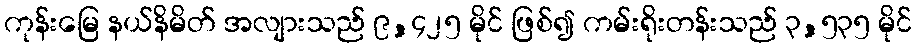
ကုန်းမြေ နယ်နိမိတ် အလျားသည် ၉,၄၂၅ မိုင် ဖြစ်၍ ကမ်းရိုးတန်းသည် ၃,၅၃၅ မိုင်